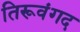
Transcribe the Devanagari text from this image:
तिरूवंगद